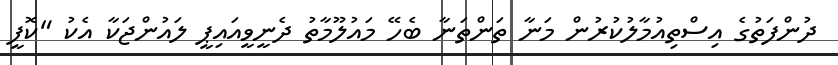
ދުންފަތުގެ އިސްތިއުމާލުކުރުން މަނާ ތަންތަނާ ބެހޭ މައުލޫމާތު ދެނީވީއައިޕީ ލައުންޖަކާ އެކު "ކޮފީ